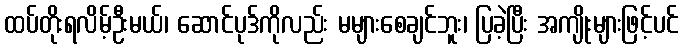
ထပ်တိုးရလိမ့်ဦးမယ်၊ ဆောင်ပုဒ်ကိုလည်း မများစေချင်ဘူး၊ ပြခဲ့ပြီး အကျိုးများဖြင့်ပင်